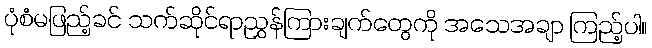
ပုံစံမဖြည့်ခင် သက်ဆိုင်ရာညွှန်ကြားချက်တွေကို အသေအချာ ကြည့်ပါ။